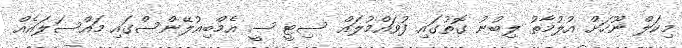
މިކަލް ނޫހަށް އުލުމާތު ލިބުނު ގޮތުގައި ފުވައްމުލައް ސިޓީ ސީ އެމްބިއުލޭންސްގައި މައްސަލައެއް